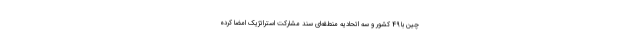
چین با 49 کشور و سه اتحادیه منطقه‌ای سند مشارکت استراتژیک امضا کرده